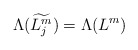
\begin{align*}\Lambda(\widetilde{L^m_j})=\Lambda(L^m)\end{align*}